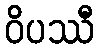
ဝိပဿီ